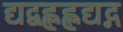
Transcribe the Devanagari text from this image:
द्यद्बह्लह्लद्यद्ग